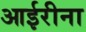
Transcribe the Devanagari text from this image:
आईरीना